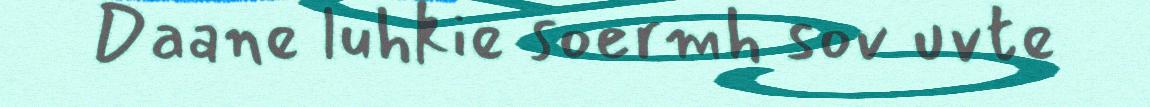
Daane luhkie soermh sov uvte